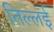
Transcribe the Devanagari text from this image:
तिल्लई